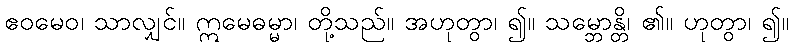
ဧဝမေဝ၊ သာလျှင်။ ဣမေဓမ္မာ၊ တို့သည်။ အဟုတွာ၊ ၍။ သမ္ဘောန္တိ၊ ၏။ ဟုတွာ၊ ၍။